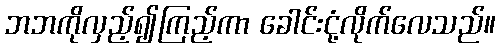
ဘဘကိုလှည့်၍ကြည့်ကာ ခေါင်းငုံ့လိုက်လေသည်။